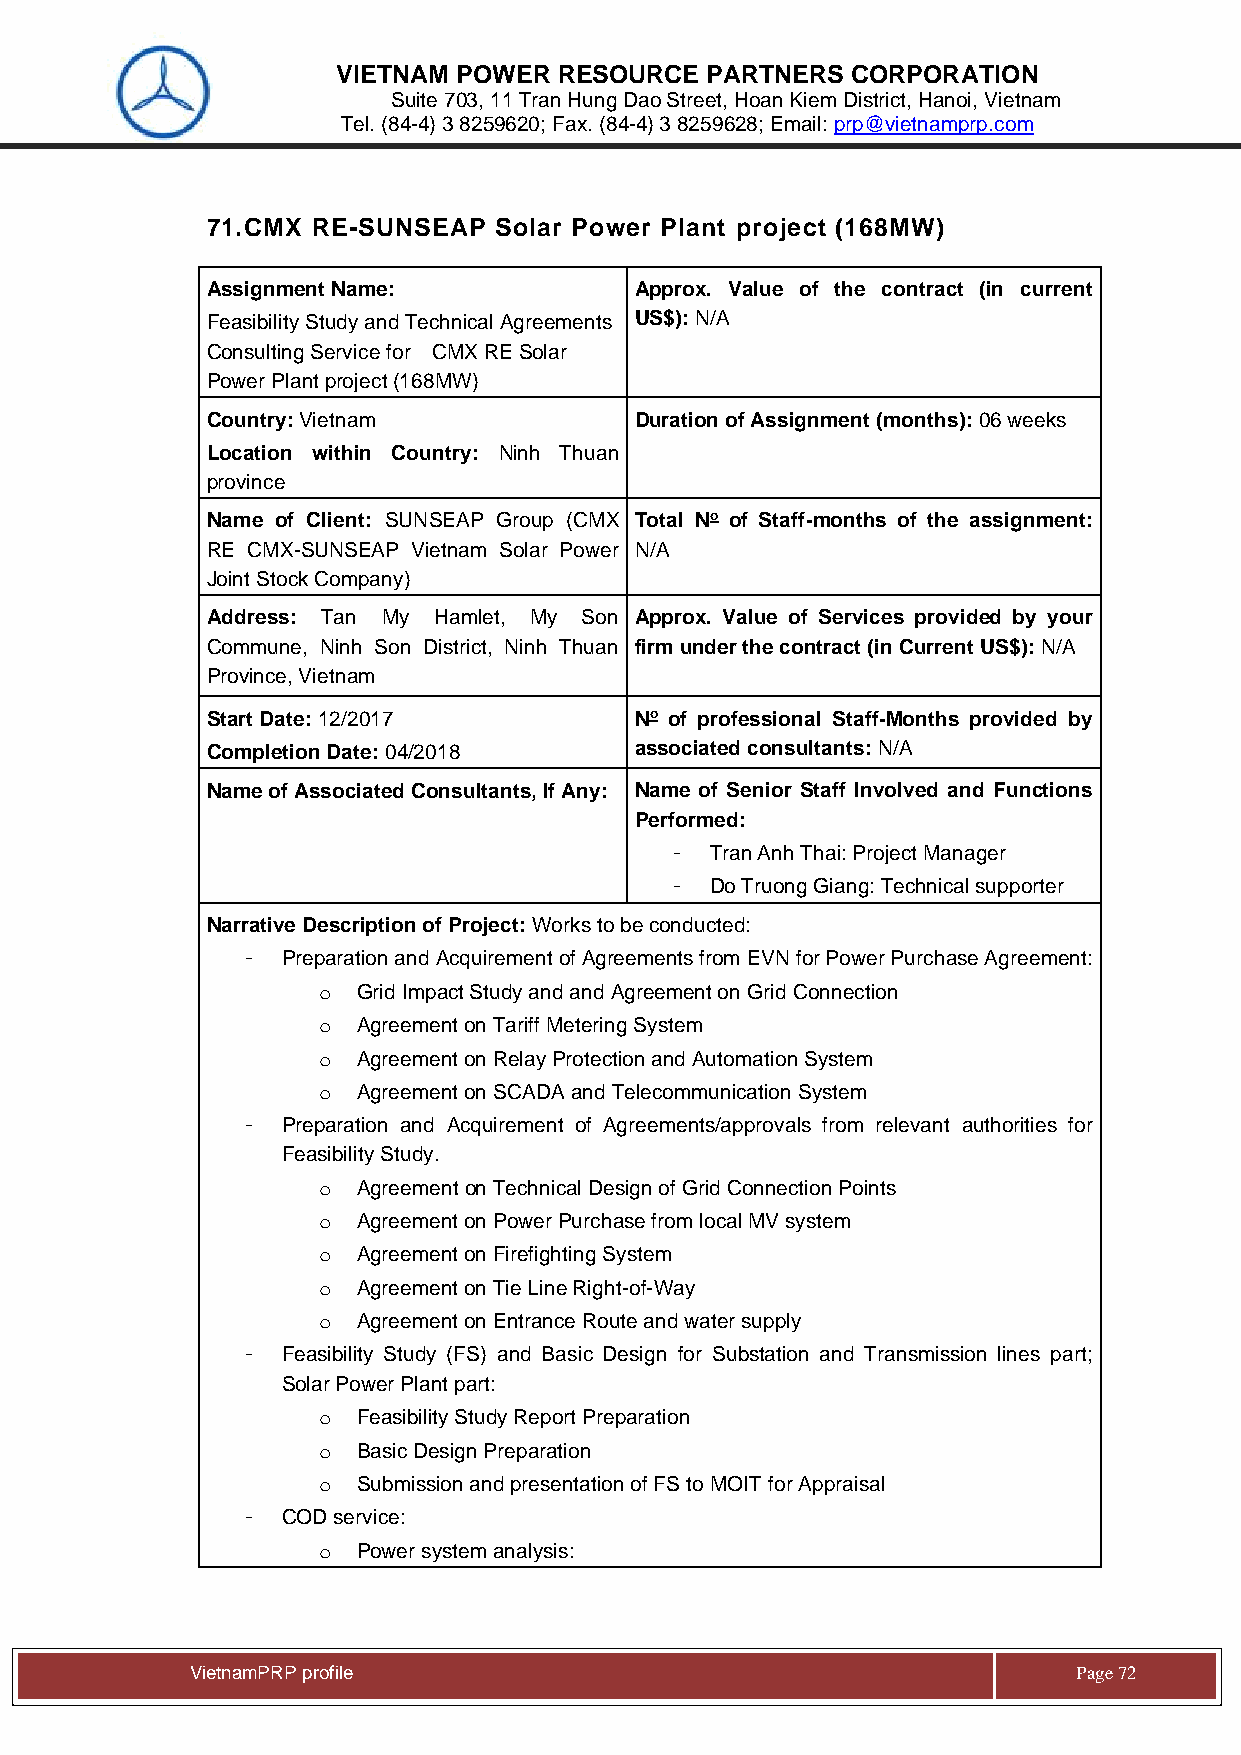
VIETNAM POWER  RESOURCE  PARTNERS CORPORATION
 Suite 703, 11 Tran Hung Dao Street, Hoan Kiem District, Hanoi, Vietnam
 Tel. (84-4) 3 8259620; Fax. (84-4) 3 8259628; Email: prp@vietnamprp.com
 71. CMX RE-SUNSEAP Solar Power Plant project (168MW)
 Assignment Name:            Approx. Value of the contract (in current
 Feasibility Study and Technical Agreements US$): N/A
 Consulting Service for CMX RE Solar
 Power Plant project (168MW)
 Country: Vietnam            Duration of Assignment (months): 06 weeks
 Location within Country: Ninh Thuan
 province
 Name of Client: SUNSEAP Group (CMX Total No of Staff-months of the assignment:
 RE CMX-SUNSEAP Vietnam Solar Power N/A
 Joint Stock Company)
 Address: Tan My Hamlet, My Son Approx. Value of Services provided by your
 Commune, Ninh Son District, Ninh Thuan firm under the contract (in Current US$): N/A
 Province, Vietnam
 Start Date: 12/2017         No of professional Staff-Months provided by
 Completion Date: 04/2018    associated consultants: N/A
 Name of Associated Consultants, If Any: Name of Senior Staff Involved and Functions
 Performed:
 -  Tran Anh Thai: Project Manager
 -  Do Truong Giang: Technical supporter
 Narrative Description of Project: Works to be conducted:
 -  Preparation and Acquirement of Agreements from EVN for Power Purchase Agreement:
 o  Grid Impact Study and and Agreement on Grid Connection
 o  Agreement on Tariff Metering System
 o  Agreement on Relay Protection and Automation System
 o  Agreement on SCADA and Telecommunication System
 -  Preparation and Acquirement of Agreements/approvals from relevant authorities for
 Feasibility Study.
 o  Agreement on Technical Design of Grid Connection Points
 o  Agreement on Power Purchase from local MV system
 o  Agreement on Firefighting System
 o  Agreement on Tie Line Right-of-Way
 o  Agreement on Entrance Route and water supply
 -  Feasibility Study (FS) and Basic Design for Substation and Transmission lines part;
 Solar Power Plant part:
 o  Feasibility Study Report Preparation
 o  Basic Design Preparation
 o  Submission and presentation of FS to MOIT for Appraisal
 -  COD service:
 o  Power system analysis:
 Vie tnamPRP profile                                       Page 72